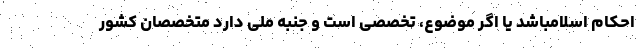
احکام اسلامباشد یا اگر موضوع، تخصصی است و جنبه ملی دارد متخصصان کشور